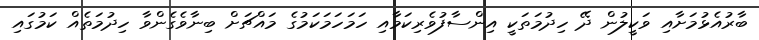
ބާރުއެޅުމަށާއި ވަކީލުން ދޭ ހިދުމަތަކީ އިންސާފުވެރިކަމާއި ހަމަހަމަކަމުގެ މައްޗަށް ބިނާވެގެންވާ ހިދުމަތެއް ކަމުގައި